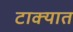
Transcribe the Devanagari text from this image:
टाक्‍यात